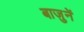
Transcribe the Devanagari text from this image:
बाजुनें